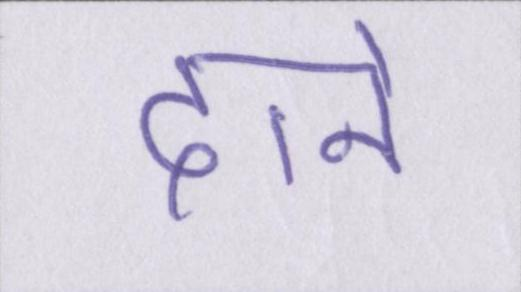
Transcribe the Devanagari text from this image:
दाने